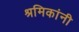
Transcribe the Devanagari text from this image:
श्रमिकांनी